Elephants and their diseases
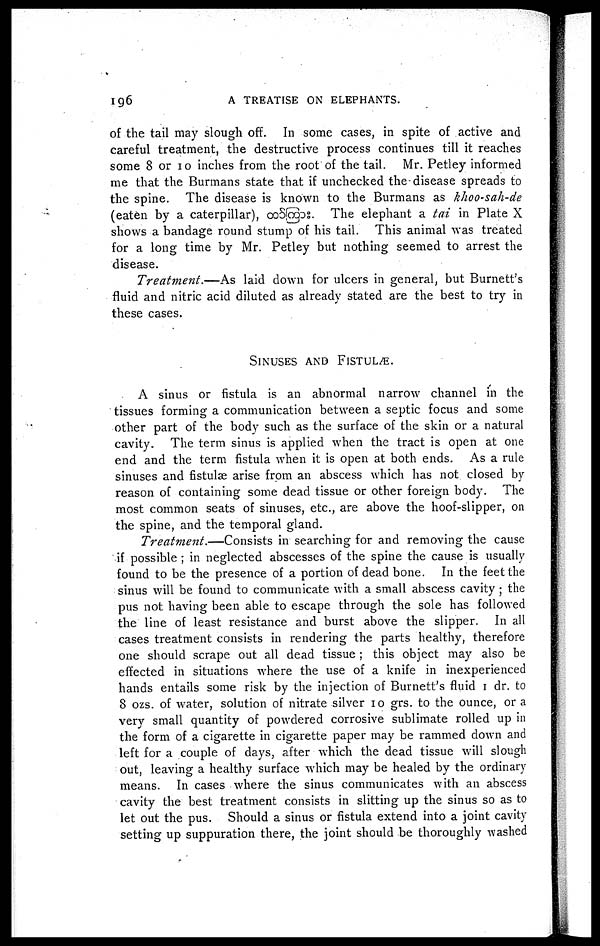
196
A TREATISE ON ELEPHANTS.
of the tail may slough off. In some cases, in spite of active and
careful treatment, the destructive process continues till it reaches
some 8 or 10 inches from the root of the tail. Mr. Petley informed
me that the Burmans state that if unchecked the-disease spreads to
the spine. The disease is known to the Burmans as khoo-sah-de
(eaten by a caterpillar),
. The elephant a tai in Plate X
shows a bandage round stump of his tail. This animal was treated
for a long time by Mr. Petley but nothing seemed to arrest the
disease.
Treatment.—As
laid down for ulcers in general, but Burnett's
fluid and nitric acid diluted as already stated are the best to try in
these cases.
SINUSES AND FISTULÆ.
A sinus or fistula is an abnormal narrow channel in the
tissues forming a communication between a septic focus and some
other part of the body such as the surface of the skin or a natural
cavity. The term sinus is applied when the tract is open at one
end and the term fistula when it is open at both ends. As a rule
sinuses and fistulæ arise from an abscess which has not closed by
reason of containing some dead tissue or other foreign body. The
most common seats of sinuses, etc., are above the hoof-slipper, on
the spine, and the temporal gland.
Treatment.—Consists
in searching for and removing the cause
if possible ; in neglected abscesses of the spine the cause is usually
found to be the presence of a portion of dead bone. In the feet the
sinus will be found to communicate with a small abscess cavity ; the
pus not having been able to escape through the sole has followed
the line of least resistance and burst above the slipper. In all
cases treatment consists in rendering the parts healthy, therefore
one should scrape out all dead tissue ; this object may also be
effected in situations where the use of a knife in inexperienced
hands entails some risk by the injection of Burnett's fluid 1 dr. to
8 ozs. of water, solution of nitrate silver 10 grs. to the ounce, or a
very small quantity of powdered corrosive sublimate rolled up in
the form of a cigarette in cigarette paper may be rammed down and
left for a couple of days, after which the dead tissue will slough
out, leaving a healthy surface which may be healed by the ordinary
means. In cases where the sinus communicates with an abscess
cavity the best treatment consists in slitting up the sinus so as to
let out the pus. Should a sinus or fistula extend into a joint cavity
setting up suppuration there, the joint should be thoroughly washed